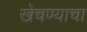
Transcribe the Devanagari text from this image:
खेचण्याचा